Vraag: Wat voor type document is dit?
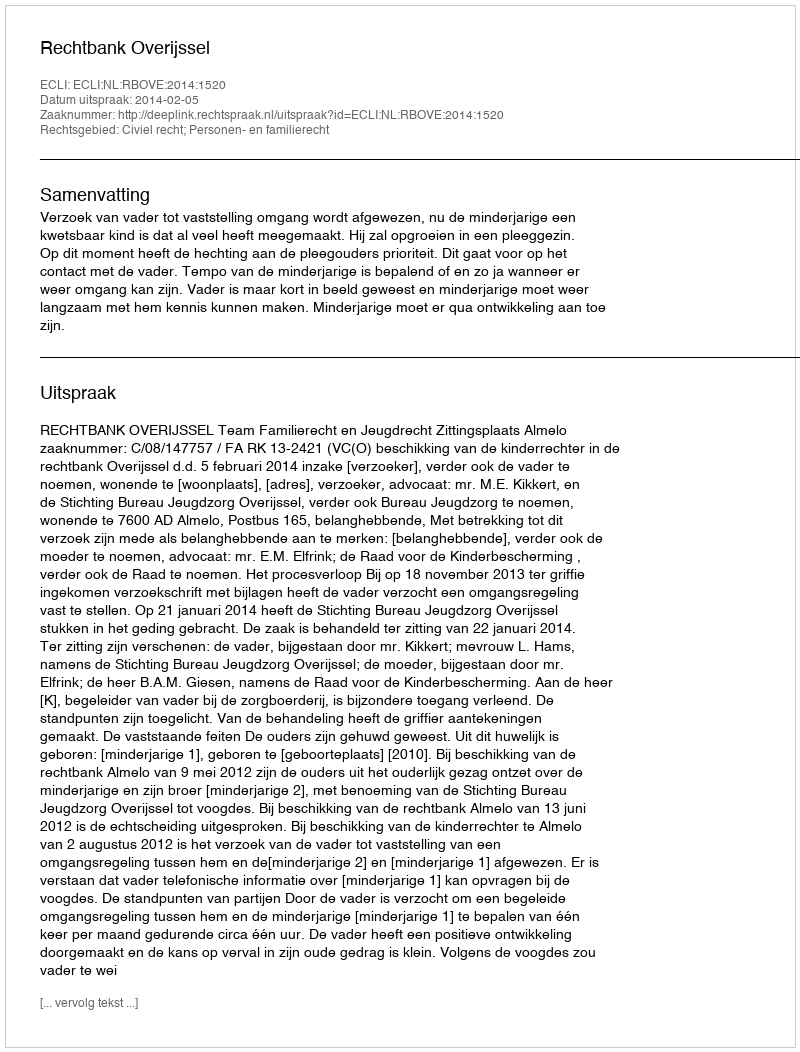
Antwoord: Uitspraak